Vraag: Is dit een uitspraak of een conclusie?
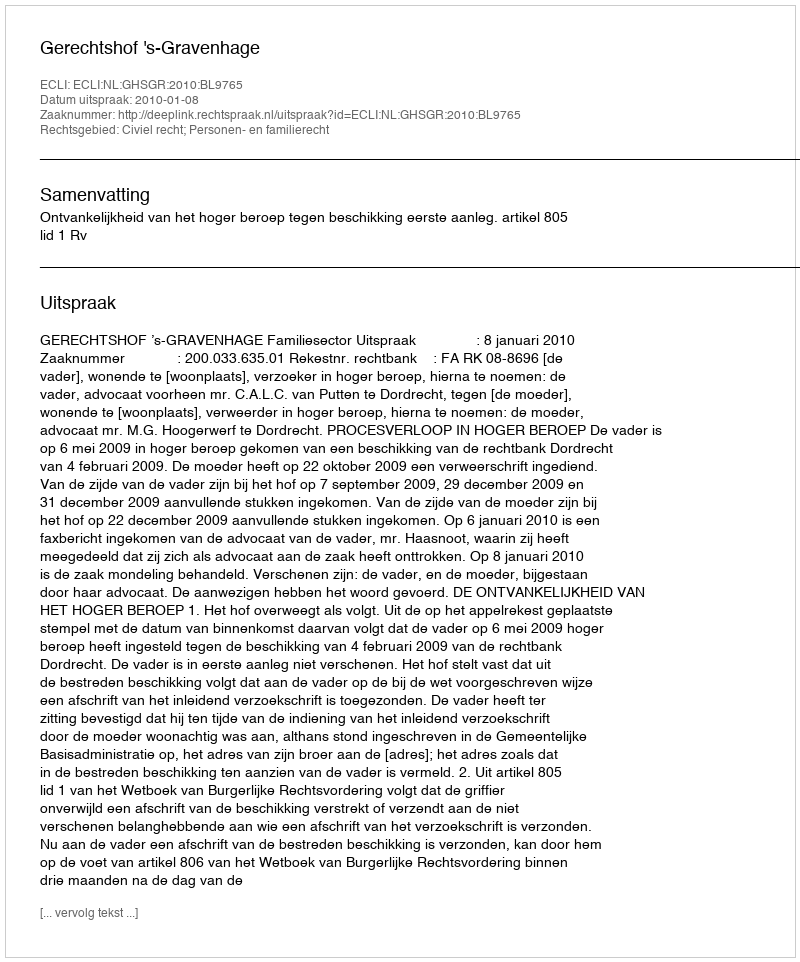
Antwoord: Uitspraak